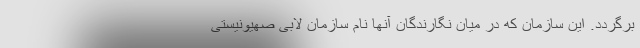
برگردد. این سازمان که در میان نگارندگان آنها نام سازمان لابی صهیونیستی